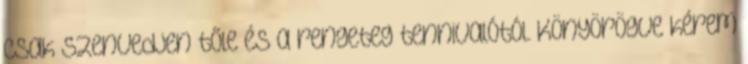
csak szenvedjen tőle és a rengeteg tennivalótól. Könyörögve kérem